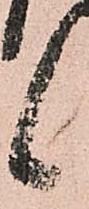
候